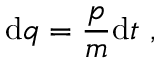
\mathrm { d } q = \frac { p } { m } \mathrm { d } t \mathrm { ~ , ~ }